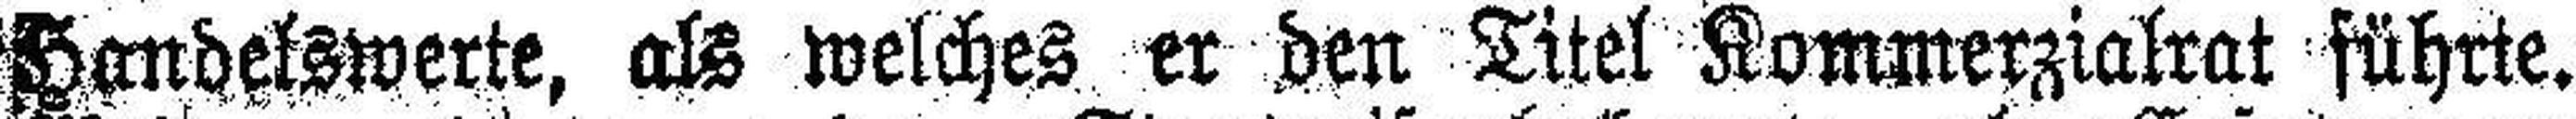
Handelswerte, als welches er den Titel Kommerzialrat führte.